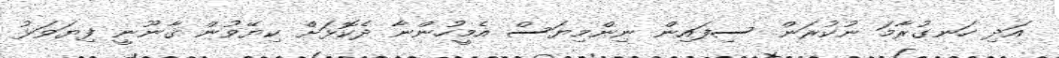
އަދި ހަނގުރާމަ ނުކުރަން ސިފައިން ނިންމިޔަސް އެމީހުންނާ ދެކޮޅަށް ކިޔޭވުން ޤާނޫނީ ފިޔަވަޅު